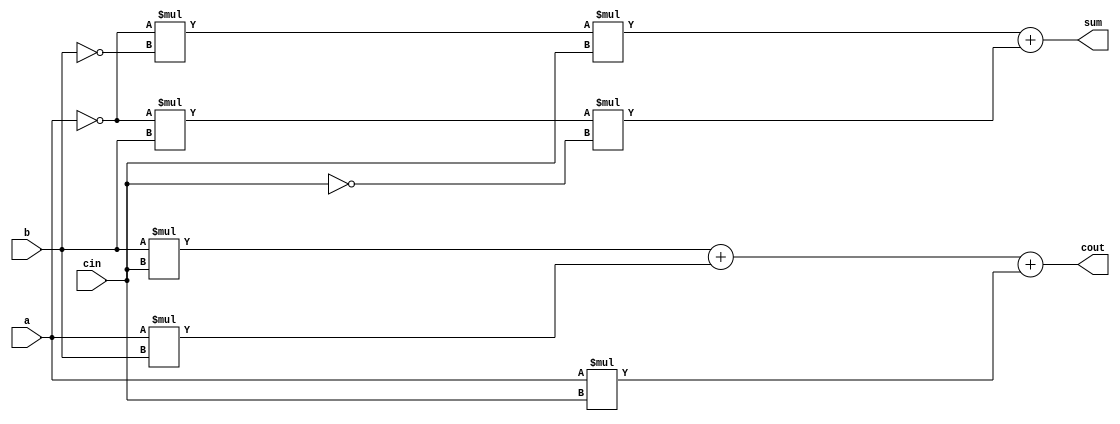
module onebitadder (
	input a, b, cin,
	output sum, cout
	);
assign sum = !a*!b*cin+!a*b*!cin;
assign cout = b*cin+a*b+a*cin;
endmodule